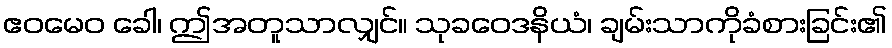
ဧဝမေဝ ခေါ၊ ဤအတူသာလျှင်။ သုခဝေဒနိယံ၊ ချမ်းသာကိုခံစားခြင်း၏